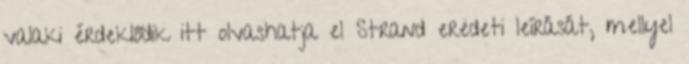
valaki érdeklődik itt olvashatja el Strand eredeti leírását, mellyel